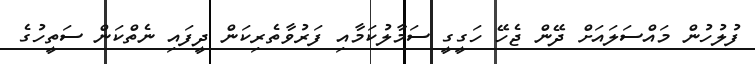
ފުލުހުން މައްސަލައަށް ދޭން ޖެހޭ ހަގީގީ ސަމާލުކަމާއި ފަރުވާތެރިކަން ދީފައި ނެތްކަން ސަތީހުގެ